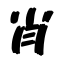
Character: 肖